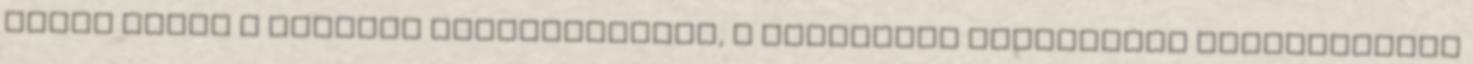
részt venni a trópusi paradicsomban, a lenyűgöző természeti szépségeiről